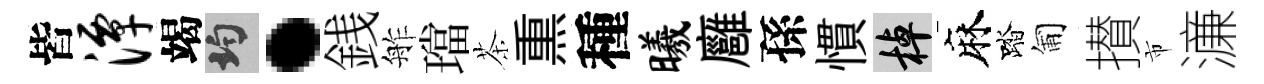
皆潭竭均·銭舴璫茶𤋱種曦廱孫慣棹麻踏匍攅市濓